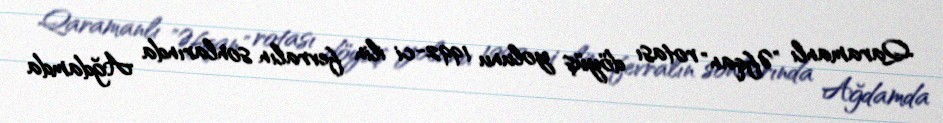
Qaramanlı "Əfqan" rotası döyüş yolunu 1992-ci ilin fevralın sonlarında Ağdamda